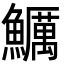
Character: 鱱